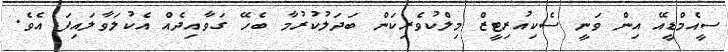
ސީއެމްޑީއޭ އިން ވަނީ ސެކިއުރިޓީޒް މިލްކުވެރިކަން ބަދަލުކުރުމާ ބެހޭ ގަވާއިދެއް އެކުލަވާލައިފަ އެވެ.